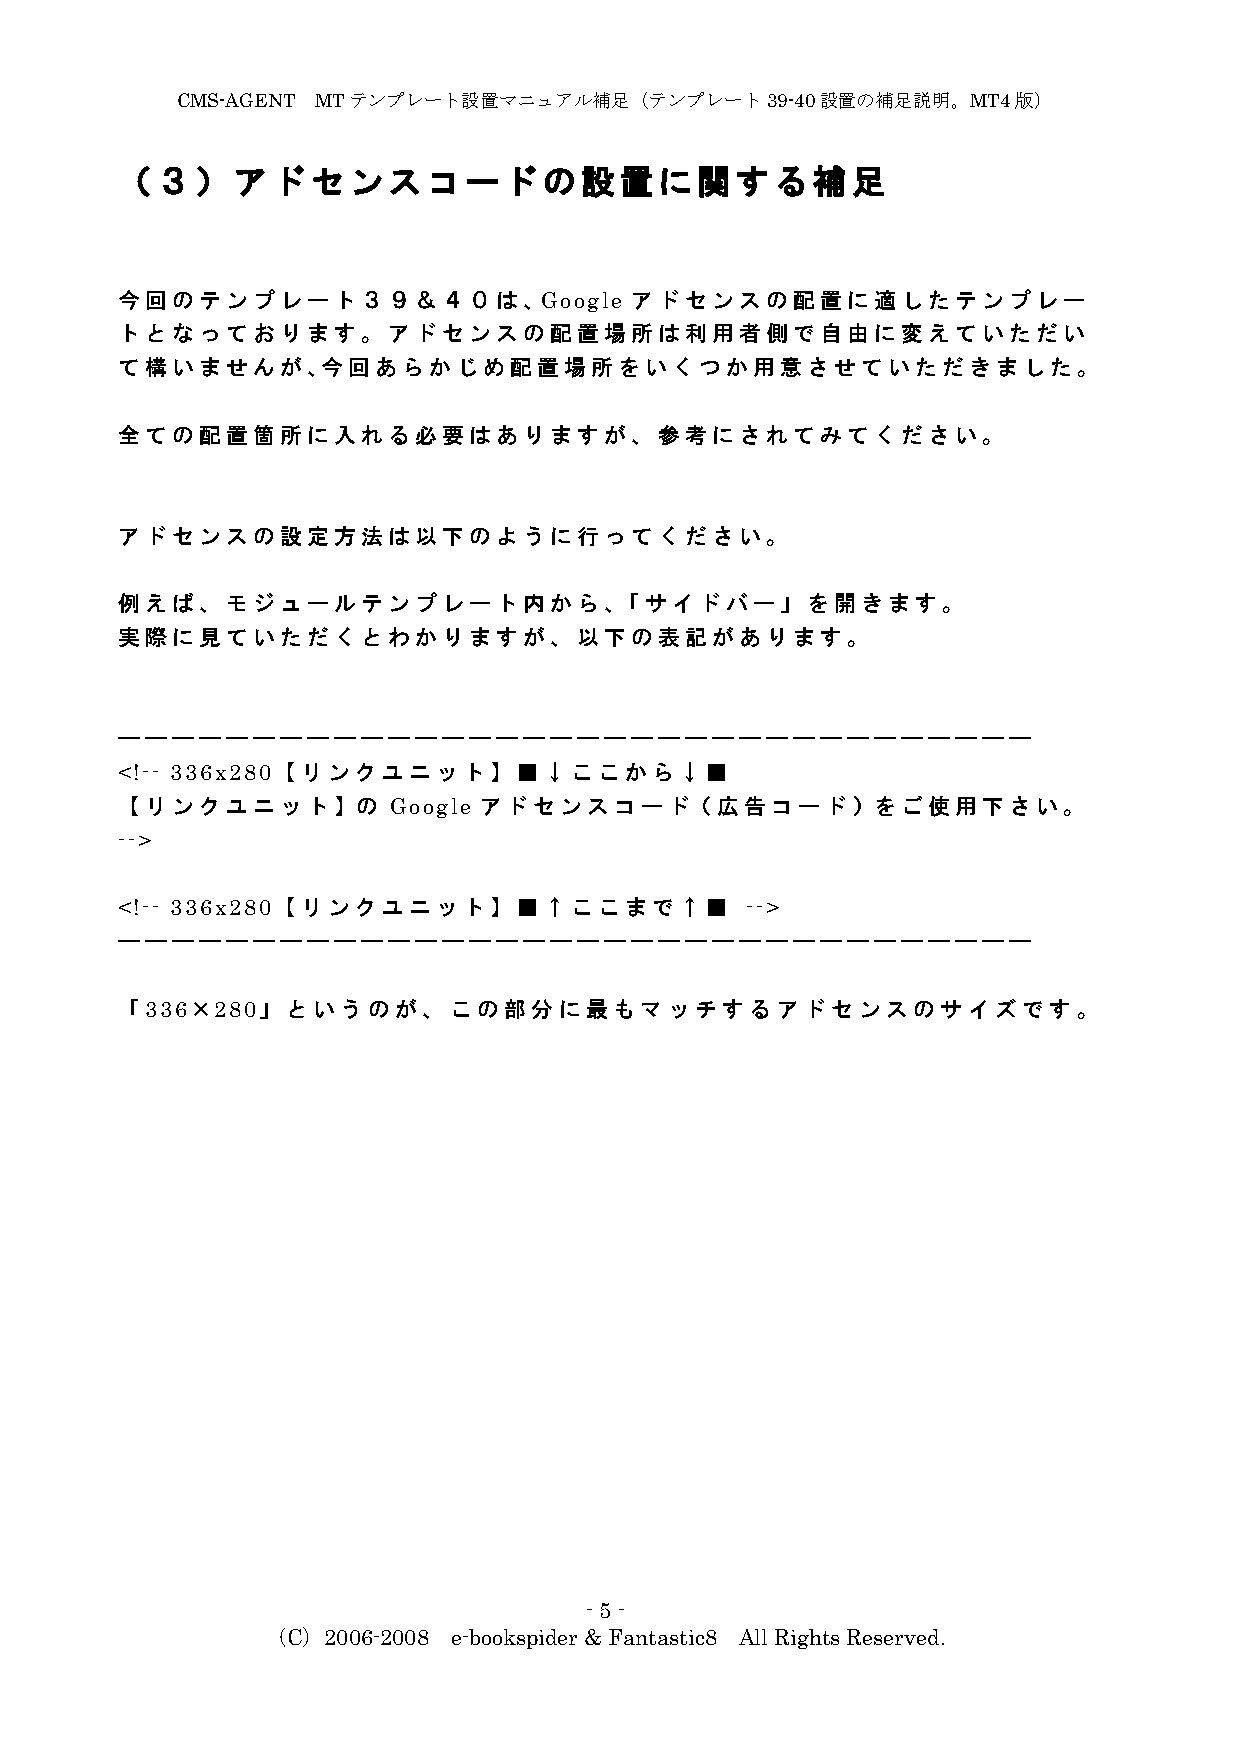
CMS-AGENT MTテンプレート設置マニュアル補足（テンプレート39-40設置の補足説明。MT4版）
 （３）アドセンスコードの設置に関する補足
 今回のテンプレート３９＆４０は、Google            アドセンスの配置に適したテンプレー
 トとなっております。アドセンスの配置場所は利用者側で自由に変えていただい
 て構いませんが、今回あらかじめ配置場所をいくつか用意させていただきました。
 全ての配置箇所に入れる必要はありますが、参考にされてみてください。
 アドセンスの設定方法は以下のように行ってください。
 例えば、モジュールテンプレート内から、「サイドバー」を開きます。
 実際に見ていただくとわかりますが、以下の表記があります。
 ――――――――――――――――――――――――――――――――――
 <!-- 336x280【リンクユニット】■↓ここから↓■
 【リンクユニット】の        Google アドセンスコード（広告コード）をご使用下さい。
 -->
 <!-- 336x280【リンクユニット】■↑ここまで↑■            -->
 ――――――――――――――――――――――――――――――――――
 「336×280」というのが、この部分に最もマッチするアドセンスのサイズです。
 -5 -
 （C）2006-2008 e-bookspider & Fantastic8 All Rights Reserved.